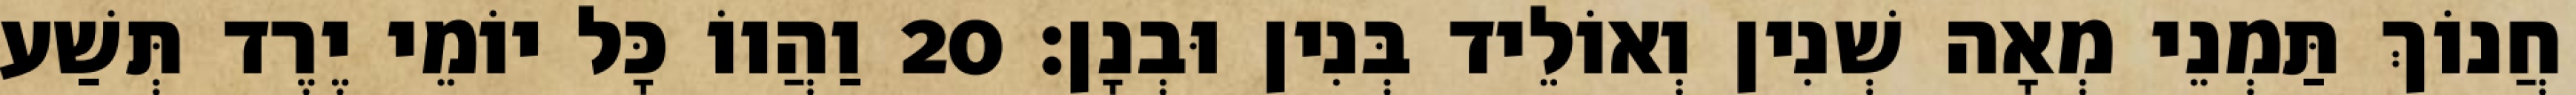
חֲנוֹךְ תַּמְנֵי מְאָה שְׁנִין וְאוֹלֵיד בְּנִין וּבְנָן׃ 20 וַהֲווֹ כָּל יוֹמֵי יֶרֶד תְּשַׁע